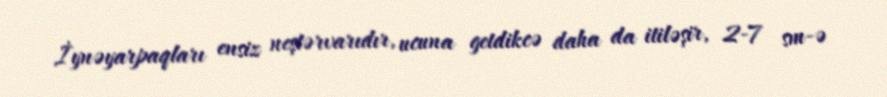
İynəyarpaqları ensiz neştərvarıdır, ucuna getdikcə daha da itiləşir, 2-7 sm-ə